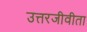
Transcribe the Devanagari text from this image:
उत्तरजीवीता